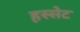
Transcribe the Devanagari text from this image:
हस्सेट